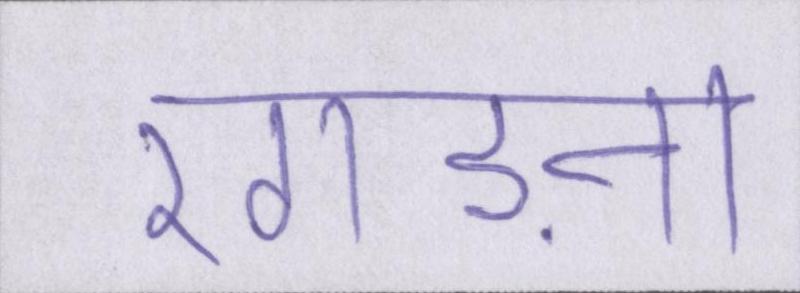
रगड़ना